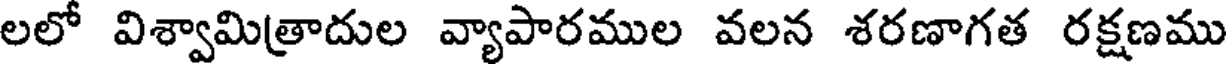
లలో విశ్వామిత్రాదుల వ్యాపారముల వలన శరణాగత రక్షణము